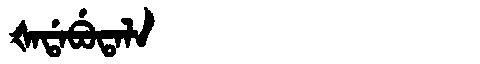
Manchu: ᡧᠠᡩᠠᠪᡠᡨᠠᠯᠠ
Romanization: ŠADABUTALA